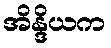
အိန္ဒိယက